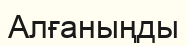
Алғаныңды